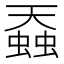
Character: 䗞